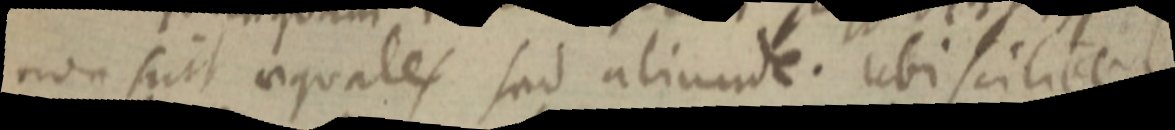
non suit aequales sed aliunde. ubi scilicet